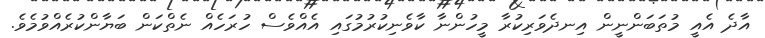
އާދެ އެއީ މުތަބަންނީން އިނދެވަރިކުރާ މީހުންނާ ކާވެނިކުރުމުގައި އެއްވެސް ހުރަހެއް ނެތްކަން ބަޔާންކުރެއްވުމެވެ.